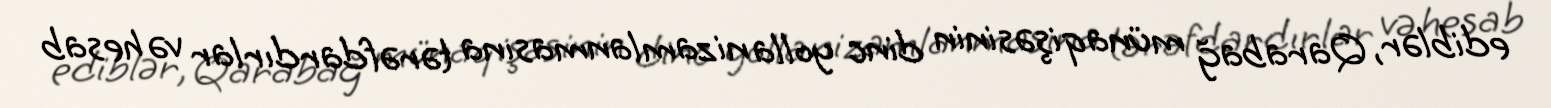
ediblər, Qarabağ münaqişəsinin dinc yolla nizamlanmasına tərəfdardırlar və hesab